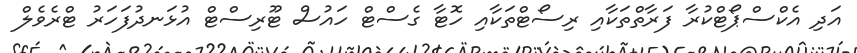
އަދި އެކްސްޕޯޓްކުރާ ފަރާތްތަކާއި ރިސޯޓްތަކާއި ހޮޓާ ގެސްޓް ހައުސް ޓޫރިސްޓް އުޅަނދުފަހަރު ޓްރެވެލް